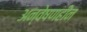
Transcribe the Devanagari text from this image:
अन्वेषणहीन